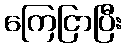
ကြေငြာပြီး